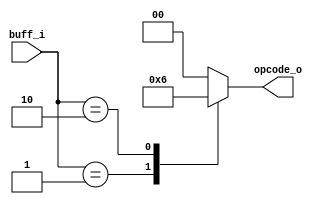
// Name: cmd_decoder.v
//
// Description: 

module cmd_decoder ( 
  input      [7:0] buff_i,
  output reg [1:0] opcode_o
);
  
  always @(*) begin
    case (buff_i)
      8'h01    : opcode_o = 2'b01;
      8'h02    : opcode_o = 2'b10;
      default  : opcode_o = 2'b00; 
    endcase
  end
  
endmodule